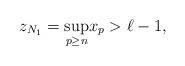
LaTeX: \begin{align*}z_{N_{1}}=\underset{p\geq n}{\sup }x_{p}>\ell -1, \end{align*}